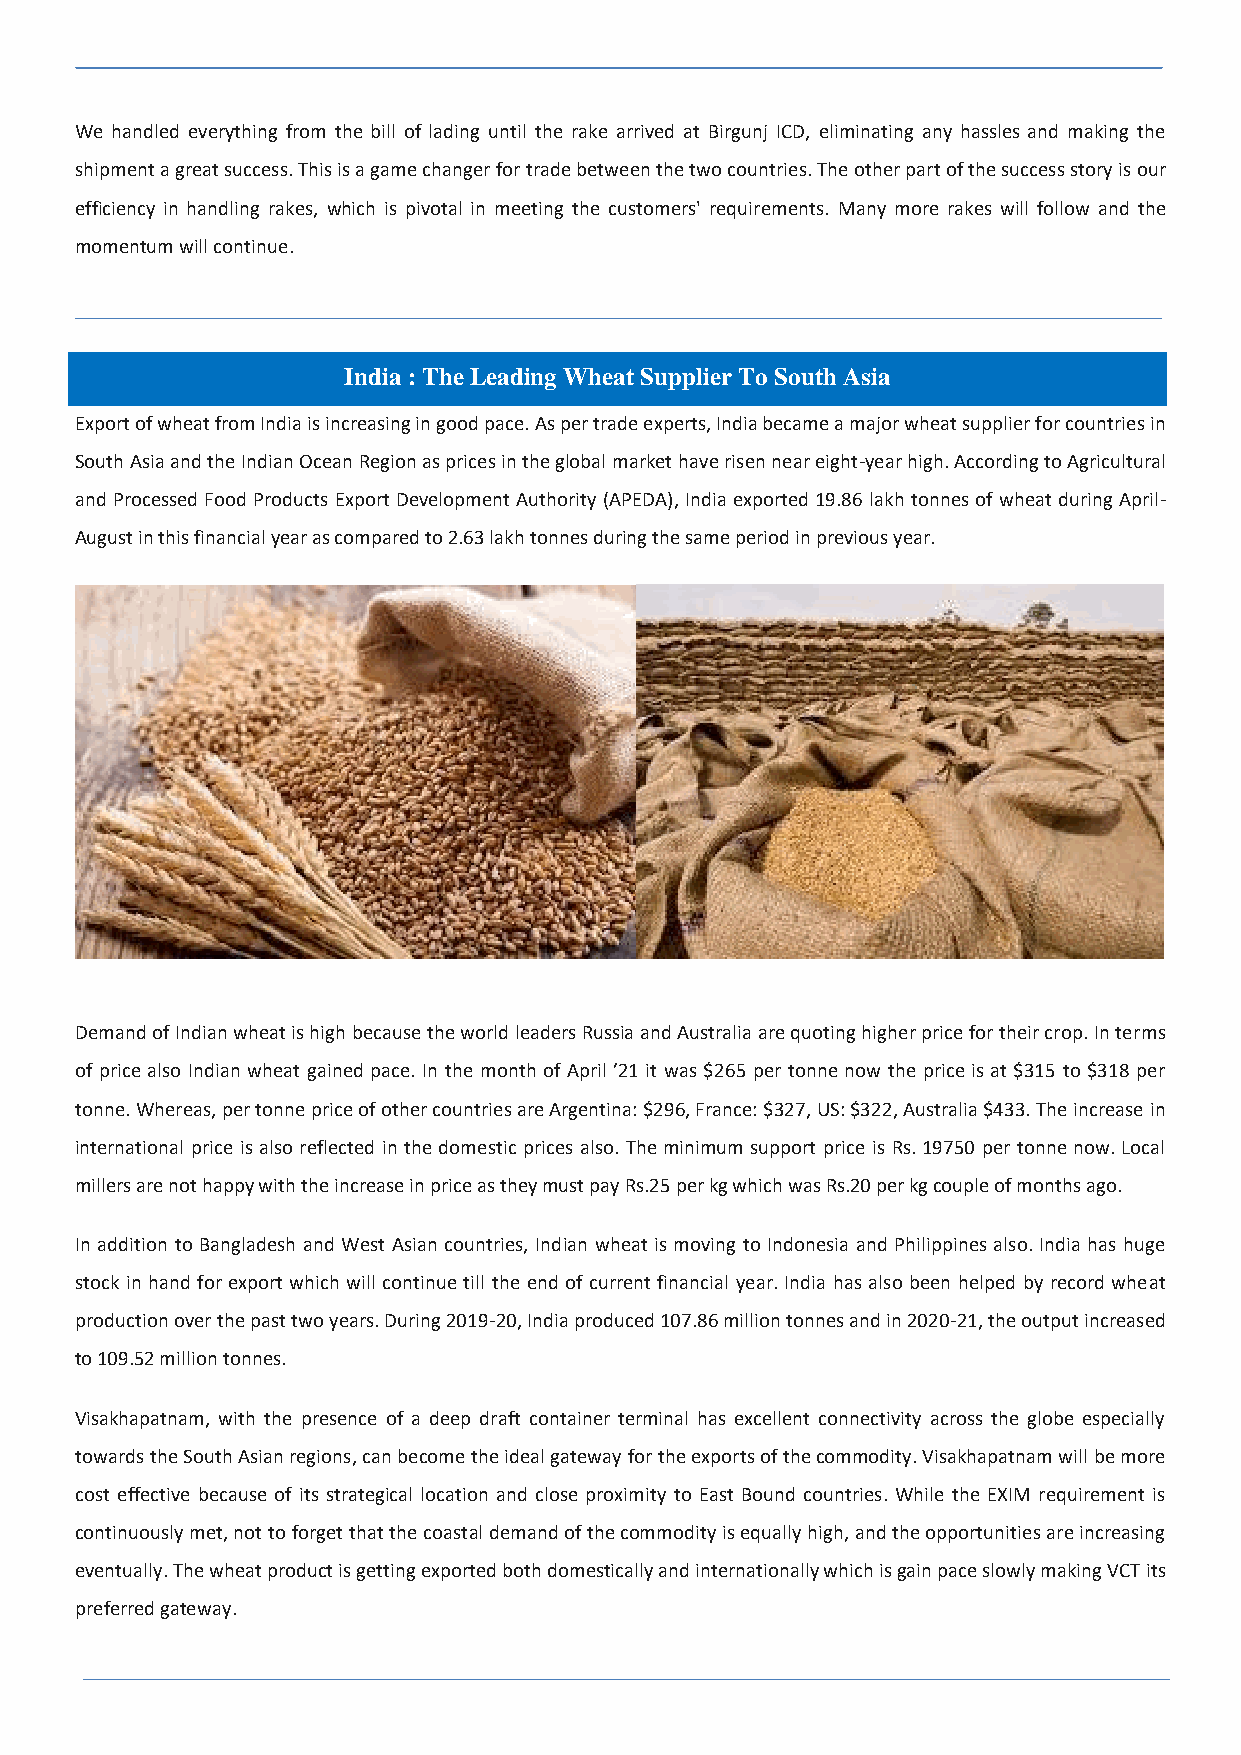
We handled everything from the bill of lading until the rake arrived at Birgunj ICD, eliminating any hassles and making the
 shipment a great success. This is a game changer for trade between the two countries. The other part of the success story is our
 efficiency in handling rakes, which is pivotal in meeting the customers' requirements. Many more rakes will follow and the
 momentum will continue.
 India : The Leading Wheat Supplier To South Asia
 Export of wheat from India is increasing in good pace. As per trade experts, India became a major wheat supplier for countries in
 South Asia and the Indian Ocean Region as prices in the global market have risen near eight-year high. According to Agricultural
 and Processed Food Products Export Development Authority (APEDA), India exported 19.86 lakh tonnes of wheat during April-
 August in this financial year as compared to 2.63 lakh tonnes during the same period in previous year.
 Demand of Indian wheat is high because the world leaders Russia and Australia are quoting higher price for their crop. In terms
 of price also Indian wheat gained pace. In the month of April ’21 it was $265 per tonne now the price is at $315 to $318 per
 tonne. Whereas, per tonne price of other countries are Argentina: $296, France: $327, US: $322, Australia $433. The increase in
 international price is also reflected in the domestic prices also. The minimum support price is Rs. 19750 per tonne now. Local
 millers are not happy with the increase in price as they must pay Rs.25 per kg which was Rs.20 per kg couple of months ago.
 In addition to Bangladesh and West Asian countries, Indian wheat is moving to Indonesia and Philippines also. India has huge
 stock in hand for export which will continue till the end of current financial year. India has also been helped by record wheat
 production over the past two years. During 2019-20, India produced 107.86 million tonnes and in 2020-21, the output increased
 to 109.52 million tonnes.
 Visakhapatnam, with the presence of a deep draft container terminal has excellent connectivity across the globe especially
 towards the South Asian regions, can become the ideal gateway for the exports of the commodity. Visakhapatnam will be more
 cost effective because of its strategical location and close proximity to East Bound countries. While the EXIM requirement is
 continuously met, not to forget that the coastal demand of the commodity is equally high, and the opportunities are increasing
 eventually. The wheat product is getting exported both domestically and internationally which is gain pace slowly making VCT its
 preferred gateway.